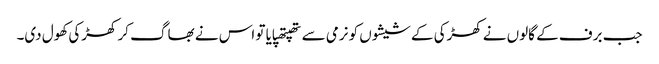
جب برف کے گالوں نے کھڑکی کے شیشوں کو نرمی سے تھپتھپایا تو اس نے بھاگ کر کھڑکی کھول دی۔